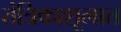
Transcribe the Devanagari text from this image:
तंत्रिकाशूलात